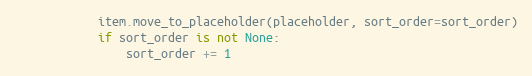
Language: Python
            item.move_to_placeholder(placeholder, sort_order=sort_order)
            if sort_order is not None:
                sort_order += 1